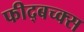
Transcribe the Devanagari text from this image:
फीद्बच्क्स